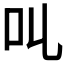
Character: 𠮪